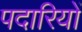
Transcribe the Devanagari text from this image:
पदारियों